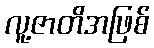
လူ့ဇာတိအဖြစ်